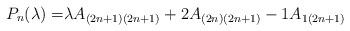
LaTeX: \begin{align*}P_{n}(\lambda)=&\lambda A_{(2n+1)(2n+1)} +2A_{(2n)(2n+1)} -1A_{1(2n+1)} \end{align*}